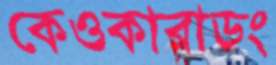
কেওকারাডং